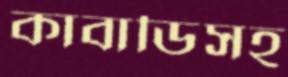
কাবাডিসহ